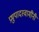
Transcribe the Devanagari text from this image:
प्रभुपादस्वामींनी